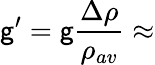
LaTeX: \mathsf{g}^{\prime}=\mathsf{g}\frac{{\Delta\rho}}{{\rho_{av}}}\approx